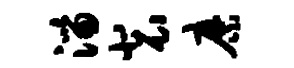
淄裴縻